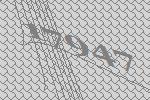
17947